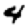
Digit: 4